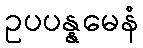
ဥပပန္နမေနံ